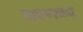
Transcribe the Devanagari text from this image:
साहबज़ादा